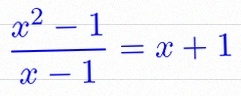
\frac{x^2-1}{x-1}=x+1